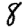
Digit: 8